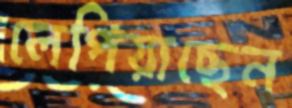
লেপিয়াছেন